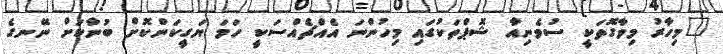
"މިހާރު މިވާގޮތަކީ ސުވެނިއާ ޝޮޕްތަކުގައި މިހުންނަ އެއްޗެއްސަކީ ހަމަ ޔަގީކަންކޮށް ބުނާކަށް ނޭނގެ